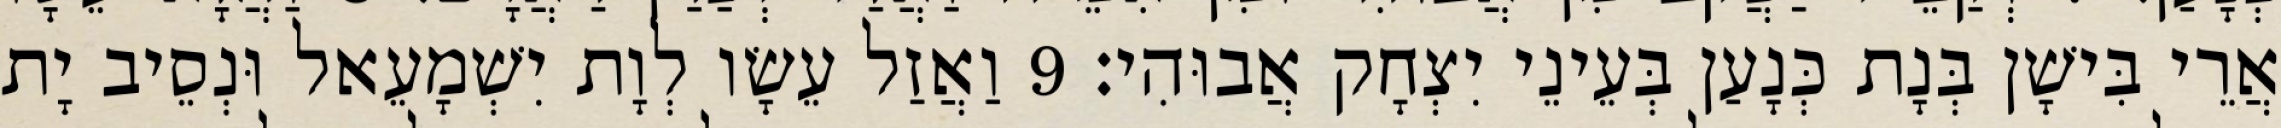
אֲרֵי בִּישָׁן בְּנָת כְּנָעַן בְּעֵינֵי יִצְחָק אֲבוּהִי׃ 9 וַאֲזַל עֵשָׂו לְוָת יִשְׁמָעֵאל וּנְסֵיב יָת